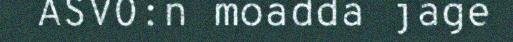
ASVO:n moadda jage